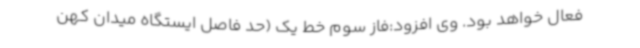
فعال خواهد بود. وی افزود:فاز سوم خط یک (حد فاصل ایستگاه میدان کهن